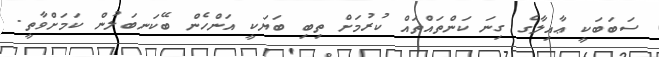
ސަބަބަކީ ޢާއިލާގެ ގިނަ ކަންތައްތައް ކުރުމަށް ތިބި ބަޔަކީ އަންހެން ބޭކަނބަލުން ކަމަށްވާތީ.